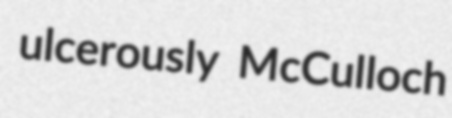
ulcerously McCulloch